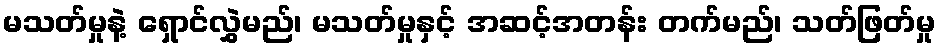
မသတ်မှုနဲ့ ရှောင်လွှဲမည်၊ မသတ်မှုနှင့် အဆင့်အတန်း တက်မည်၊ သတ်ဖြတ်မှု